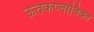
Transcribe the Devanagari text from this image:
ऊतकप्लाविका